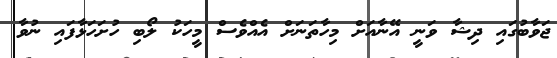
ޖަވާބުގައި ދިޝާ ވަނީ އޭނާއަށް މިހާތަނަށް އެއްވެސް މީހަކު ލޯބި ހުށަހަޅާފައި ނުވާ